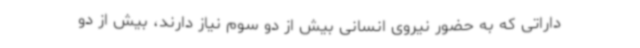
داراتی که به حضور نیروی انسانی بیش از دو سوم نیاز دارند، بیش از دو